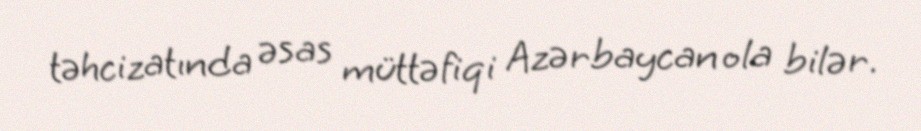
təhcizatında əsas müttəfiqi Azərbaycan ola bilər.